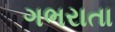
ગભરાતા